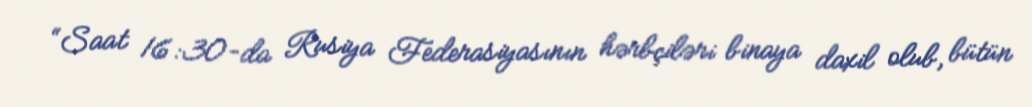
“Saat 16:30-da Rusiya Federasiyasının hərbçiləri binaya daxil olub, bütün